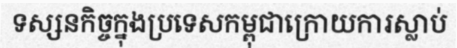
ទស្សនកិច្ចក្នុងប្រទេសកម្ពុជាក្រោយការស្លាប់